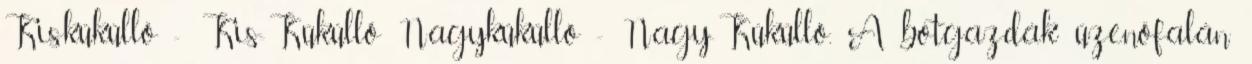
Kisküküllő - Kis-Küküllő Nagyküküllő - Nagy-Küküllő, A botgazdák üzenőfalán